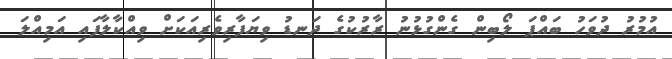
އުމުރު ދުވަހު ބައްޕަ ލޯބިން ގެންގުޅުނު ރާރުކުގެ ދަނޑު ވިޔަފާރިވެރިއަކަށް ވިއްކާލާފައި އަމިއްލަ